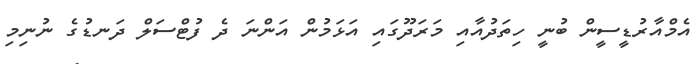
އެމްއާރުޑީސީން ބުނީ ހިތަދުއާއި މަރަދޫގައި އަޅަމުން އަންނަ ދެ ފުޓްސަލް ދަނޑުގެ ނުނިމި